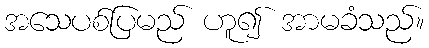
အသေပစ်ပြမည် ဟူ၍ အာမခံသည်။